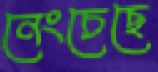
নেংচেছে